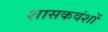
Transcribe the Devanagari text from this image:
शासकवंशों